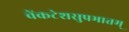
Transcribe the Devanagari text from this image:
वेंकटेशसुप्रभातम्